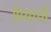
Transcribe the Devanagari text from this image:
प्रियाची